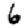
Digit: 6